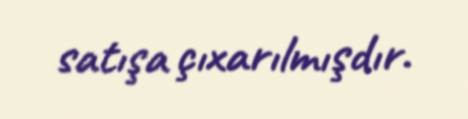
satışa çıxarılmışdır.